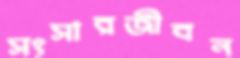
সংসারজীবন